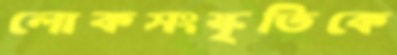
লোকসংস্কৃতিকে